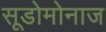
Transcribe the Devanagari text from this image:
सूडोमोनाज